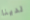
لدينا